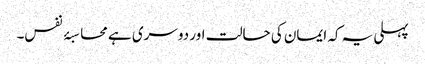
پہلی یہ کہ ایمان کی حالت اور دوسری ہے محاسبۂ نفس۔